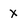
Character: X